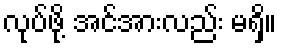
လုပ်ဖို့ အင်အားလည်း မရှိ။